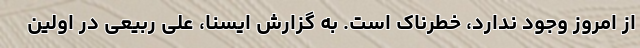
از امروز وجود ندارد، خطرناک است. به گزارش ایسنا، علی ربیعی در اولین